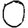
Digit: 0